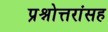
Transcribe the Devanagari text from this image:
प्रश्नोत्तरांसह